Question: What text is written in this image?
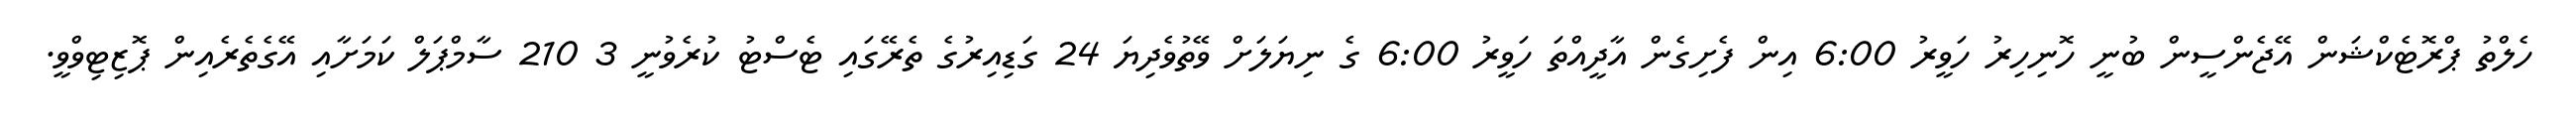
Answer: ހެލްތު ޕްރޮޓެކްޝަން އޭޖެންސީން ބުނީ ހޮނިހިރު ހަވީރު 6:00 އިން ފެށިގެން އާދީއްތަ ހަވީރު 6:00 ގެ ނިޔަލަށް ވޭތުވެދިޔަ 24 ގަޑިއިރުގެ ތެރޭގައި ޓެސްޓު ކުރެވުނީ 3 210 ސާމްޕަލް ކަމަށާއި އޭގެތެރެއިން ޕޮޒިޓިވްވީ.